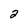
Character: 2